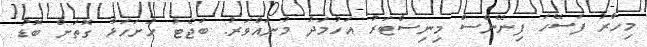
މިހާރު ފަސޭހަ ފިނޭންސް މިނިސްޓަރު އަހުމަދު މުނައްވަރު: ބަޖެޓު ހުށަހަޅާ ގޮތަށް ބޮޑު